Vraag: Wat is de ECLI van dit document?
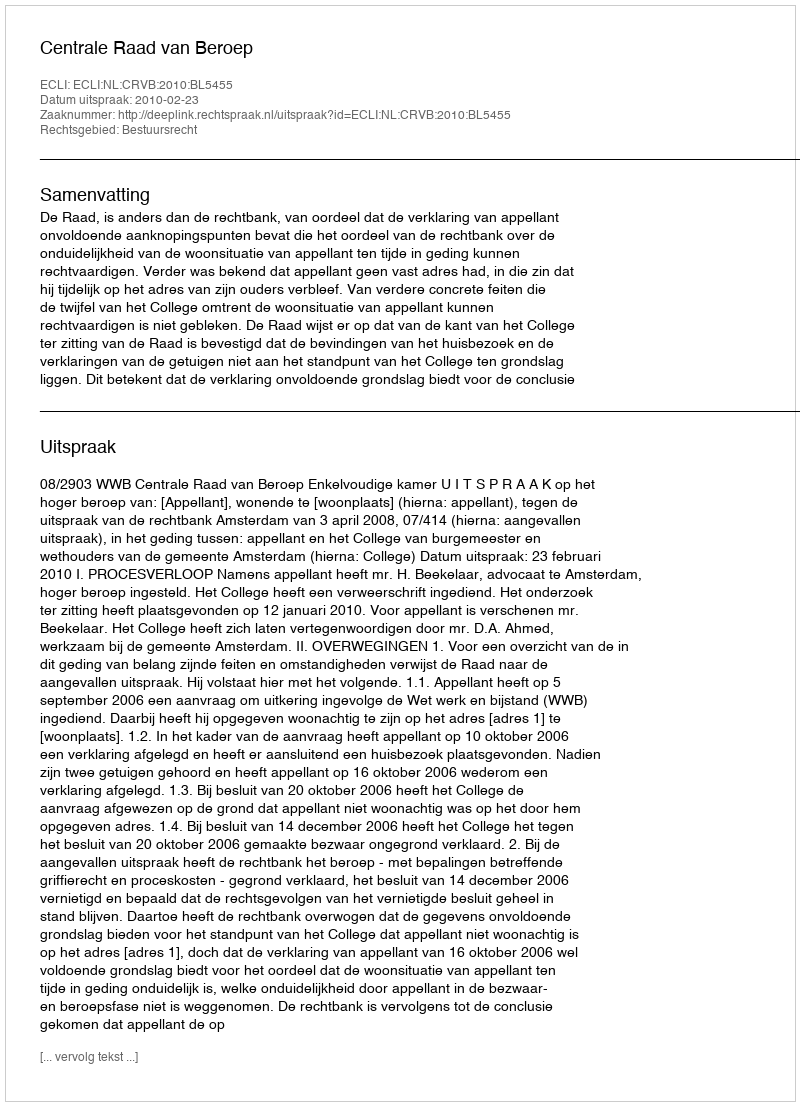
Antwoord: ECLI:NL:CRVB:2010:BL5455